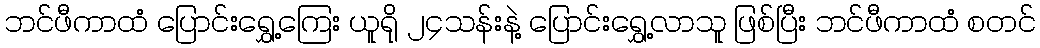
ဘင်ဖီကာထံ ပြောင်းရွှေ့ကြေး ယူရို ၂၄သန်းနဲ့ ပြောင်းရွှေ့လာသူ ဖြစ်ပြီး ဘင်ဖီကာထံ စတင်